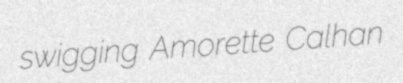
swigging Amorette Calhan